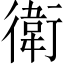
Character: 衛